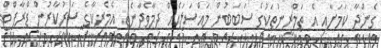
ގެންދާ ކަމަށާއި އެ ތަމްރީނުތަކުގެ ސަބަބުން މައްސަލައެއް ދިމާވެދާނެތީ އެމެރިކާގެ ސަރުކާރުން ޑްރާފްޓް